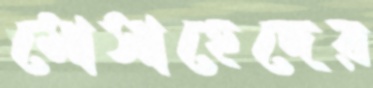
মোসাহেদের